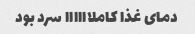
دمای غذا کاملاااااا سرد بود